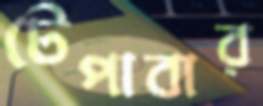
টেপাবার